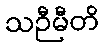
သဉီမီတိ